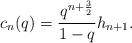
LaTeX: \begin{align*}c_n(q)=\frac{q^{n+\frac{3}{2}}}{1-q}h_{n+1}.\end{align*}